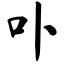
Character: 卟